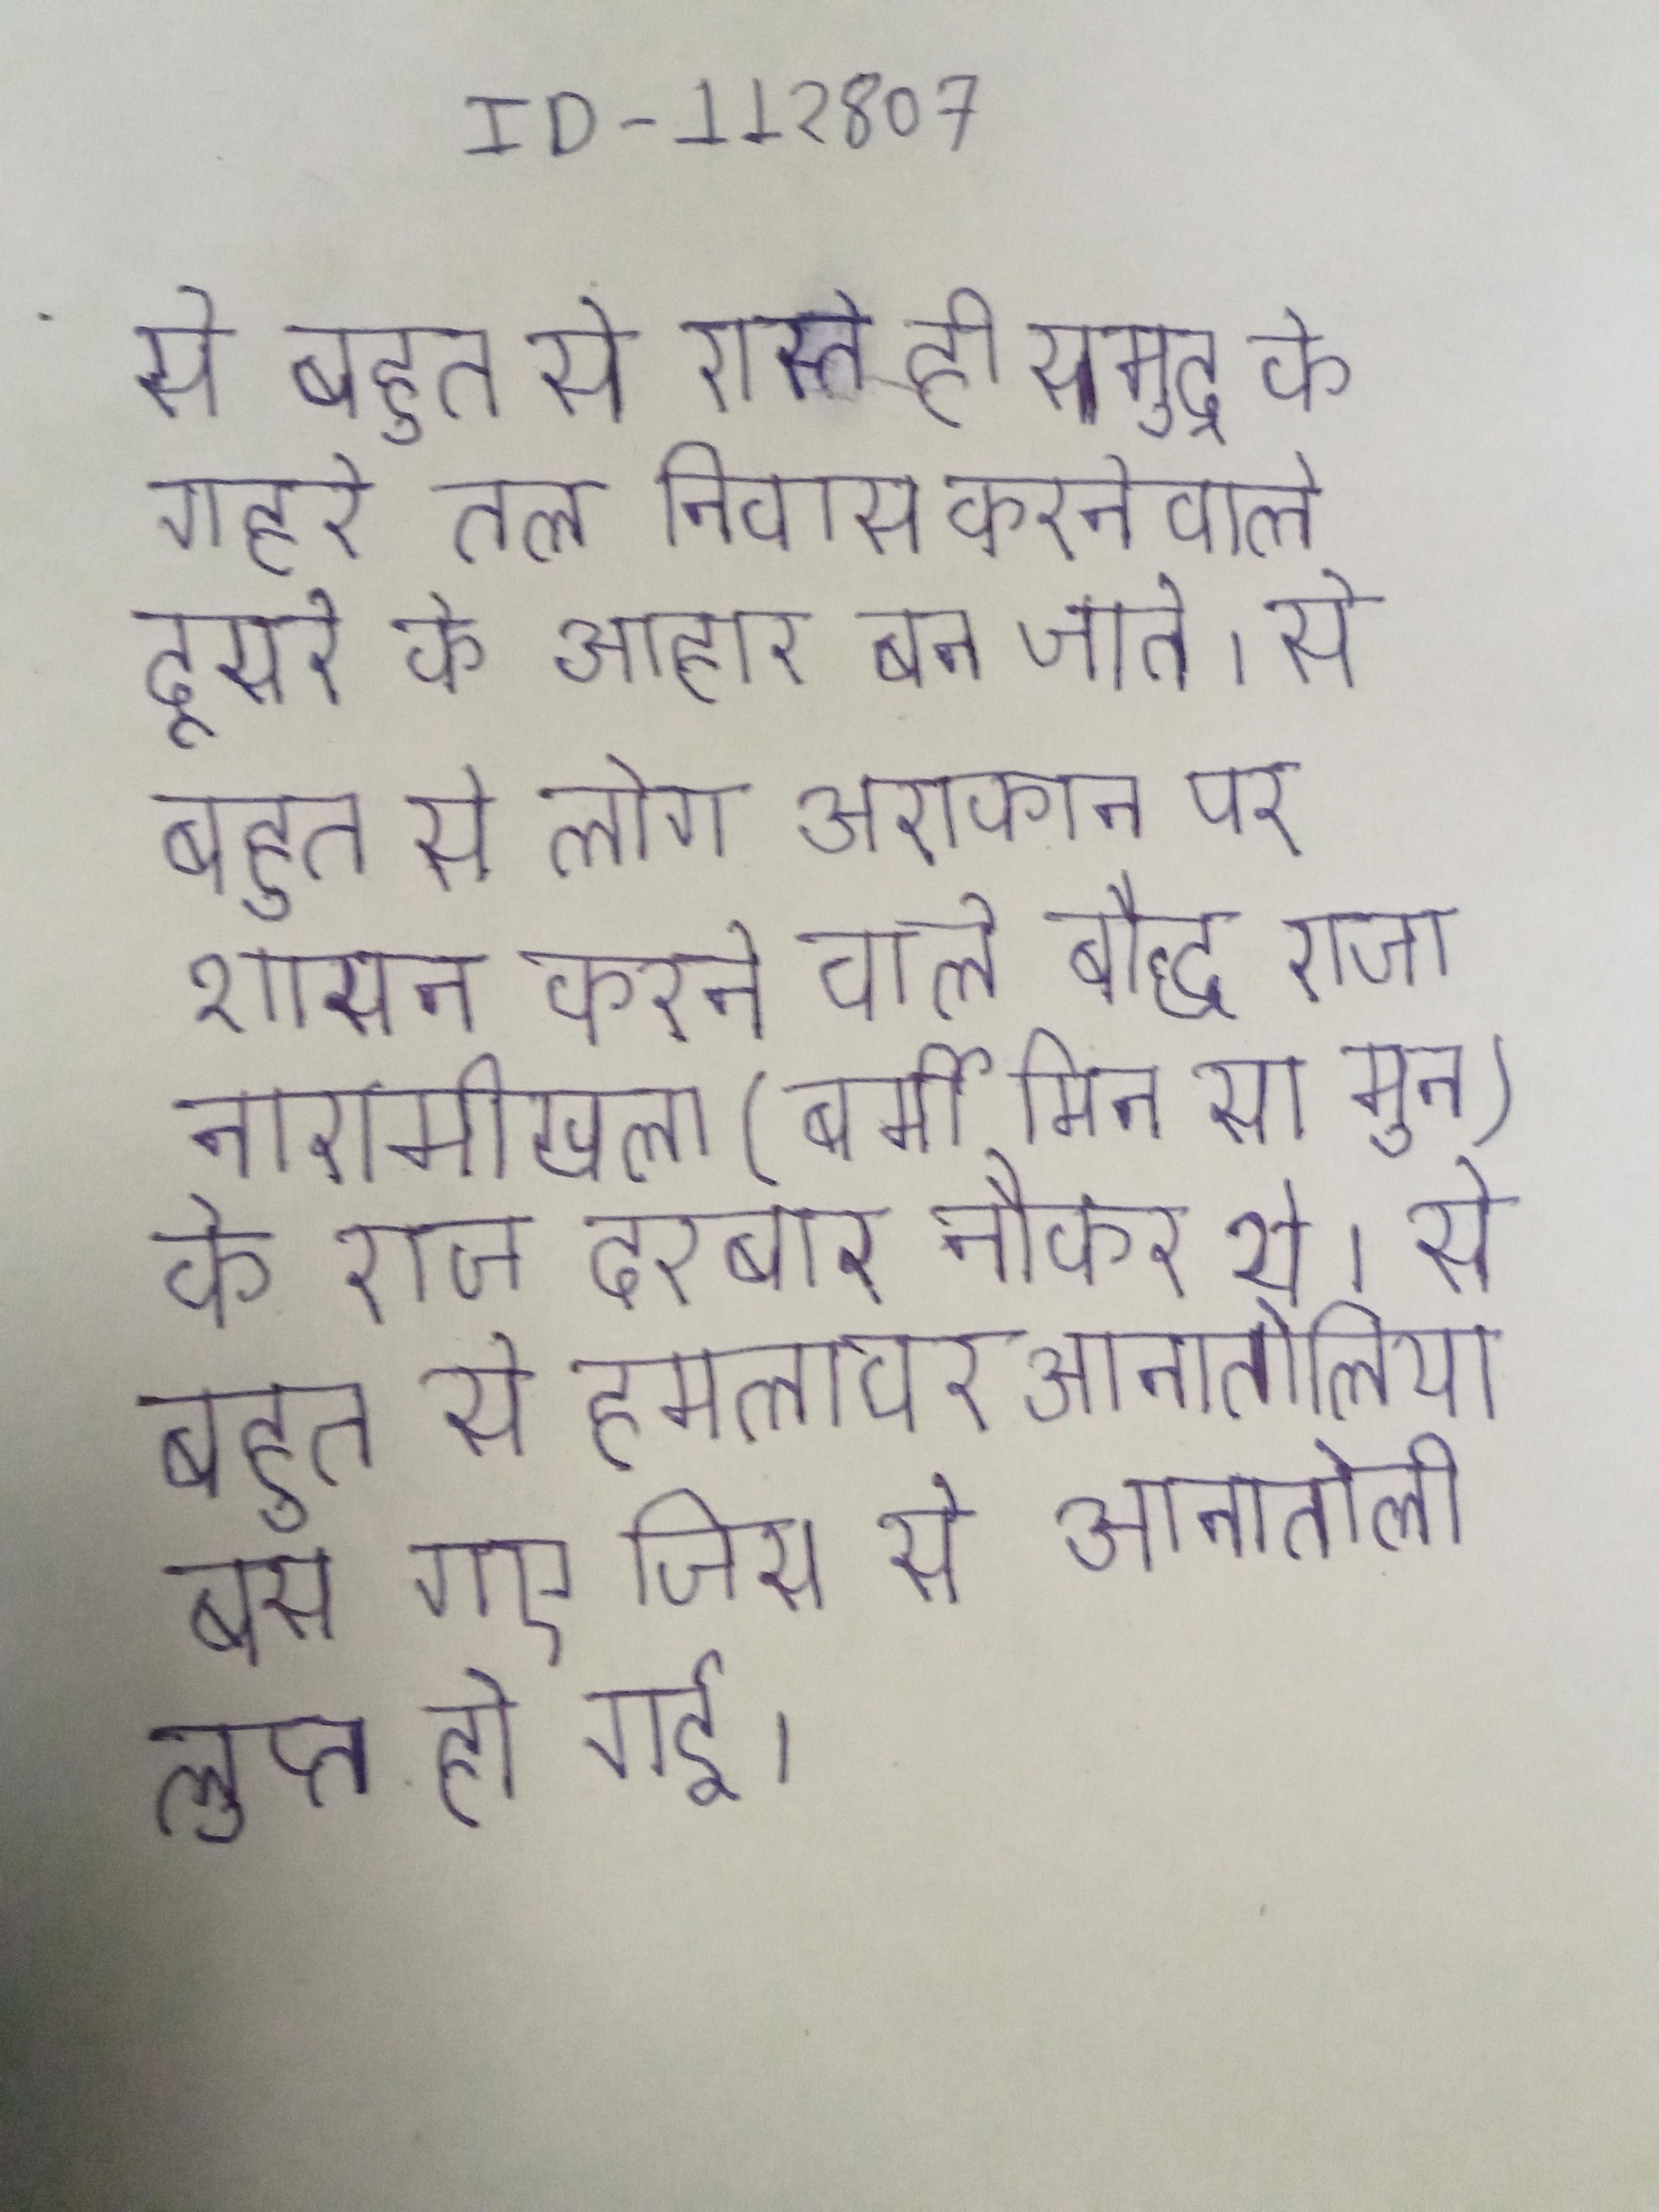
से बहुत से रास्ते ही समुद्र के गहरे तल निवास करनेवाले दूसरे के आहार बन जाते । से बहुत से लोग अराकान पर शासन करने वाले बौद्ध राजा नारामीखला (बर्मी मिन सा मुन) के राज दरबार नौकर थे । से बहुत से हमलावर आनातोलिया बस गए जिस से आनातोली लुप्त हो गई ।